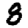
Digit: 8